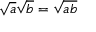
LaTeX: { \sqrt { a } } { \sqrt { b } } = { \sqrt { a b } }